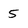
Character: 5